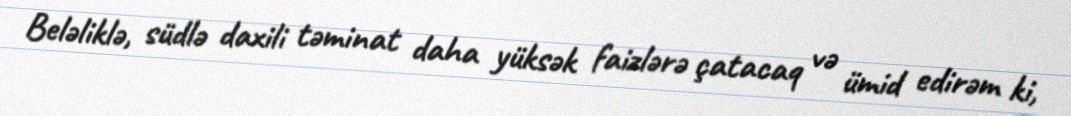
Beləliklə, südlə daxili təminat daha yüksək faizlərə çatacaq və ümid edirəm ki,